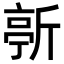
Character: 𣂳